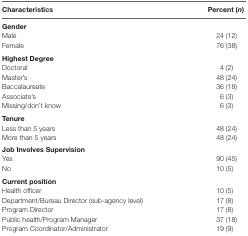
<table><thead><tr><td><b>Characteristics</b></td><td><b>Percent (<i>n</i>)</b></td></tr></thead><tbody><tr><td colspan="2"><b>Gender</b></td></tr><tr><td>Male</td><td>24 (12)</td></tr><tr><td>Female</td><td>76 (38)</td></tr><tr><td colspan="2"><b>Highest Degree</b></td></tr><tr><td>Doctoral</td><td>4 (2)</td></tr><tr><td>Master’s</td><td>48 (24)</td></tr><tr><td>Baccalaureate</td><td>36 (18)</td></tr><tr><td>Associate’s</td><td>6 (3)</td></tr><tr><td>Missing/don’t know</td><td>6 (3)</td></tr><tr><td colspan="2"><b>Tenure</b></td></tr><tr><td>Less than 5 years</td><td>48 (24)</td></tr><tr><td>More than 5 years</td><td>48 (24)</td></tr><tr><td colspan="2">Job Involves Supervision</td></tr><tr><td>Yes</td><td>90 (45)</td></tr><tr><td>No</td><td>10 (5)</td></tr><tr><td colspan="2"><b>Current position</b></td></tr><tr><td>Health officer</td><td>10 (5)</td></tr><tr><td>Department/Bureau Director (sub-agency level)</td><td>17 (8)</td></tr><tr><td>Program Director</td><td>17 (8)</td></tr><tr><td>Public health/Program Manager</td><td>37 (18)</td></tr><tr><td>Program Coordinator/Administrator</td><td>19 (9)</td></tr></tbody></table>